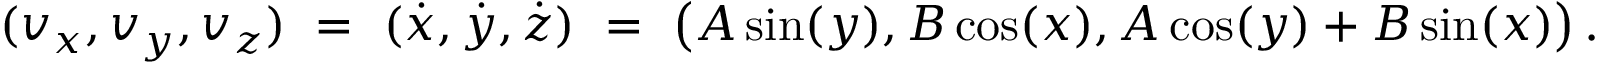
( v _ { x } , v _ { y } , v _ { z } ) \ = \ ( \dot { x } , \dot { y } , \dot { z } ) \ = \ \big ( A \sin ( y ) , B \cos ( x ) , A \cos ( y ) + B \sin ( x ) \big ) \, .